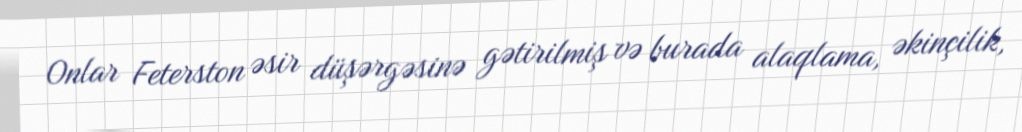
Onlar Feterston əsir düşərgəsinə gətirilmiş və burada alaqlama, əkinçilik,